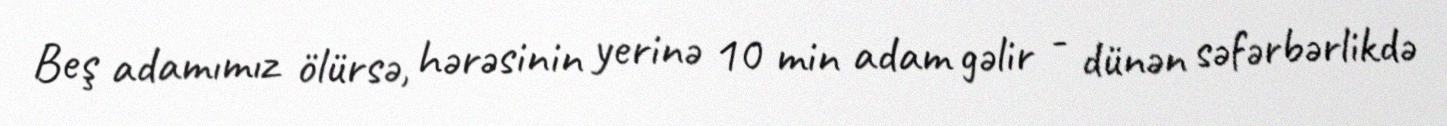
Beş adamımız ölürsə, hərəsinin yerinə 10 min adam gəlir - dünən səfərbərlikdə